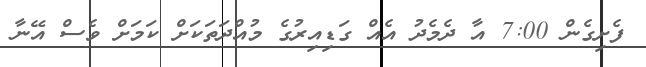
ފެށިގެން 7:00 އާ ދެމެދު އެއް ގަޑިއިރުގެ މުއްދަތަކަށް ކަމަށް ވެސް އޭނާ